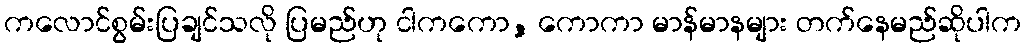
ကလောင်စွမ်းပြချင်သလို ပြမည်ဟု ငါကကော, ကောကာ မာန်မာနများ တက်နေမည်ဆိုပါက